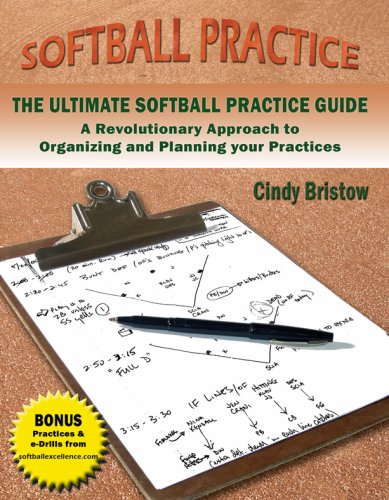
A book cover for THE ULTIMATE SOFTBALL PRACTICE GUIDE: A Revolutionary Approach to Organizing and Planning your Practices; Cindy Bristow; Sports & Outdoors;